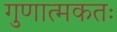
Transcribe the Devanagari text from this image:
गुणात्मकतः